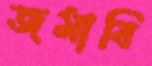
জমাবি